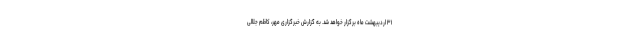
۳۱ اردیبهشت ماه برگزار خواهد شد. به گزارش خبرگزاری مهر، کاظم جلالی